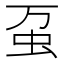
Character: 虿